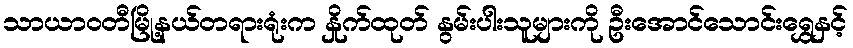
သာယာဝတီမြို့နယ်တရားရုံးက နှိုက်ထုတ် နွမ်းပါးသူများကို ဦးအောင်သောင်းရွှေနှင့်